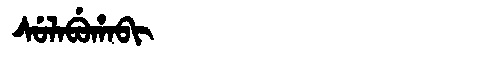
Manchu: ᠰᡠᠯᠠᠪᡠᡥᠠᠪᡳ
Romanization: SULABUHABI